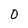
Character: 0